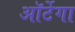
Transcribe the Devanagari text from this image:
ऑर्टेगा